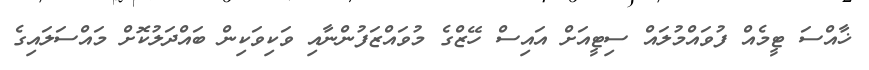
ޚާއްސަ ޓީމެއް ފުވައްމުލައް ސިޓީއަށް އައިސް ހޭޒްގެ މުވައްޒަފުންނާއި ވަކިވަކިން ބައްދަލުކޮށް މައްސަލައިގެ